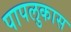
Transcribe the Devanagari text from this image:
पापलुकास